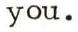
you.